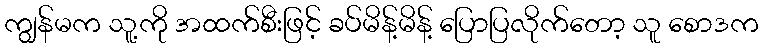
ကျွန်မက သူ့ကို အထက်စီးဖြင့် ခပ်မိန့်မိန့် ပြောပြလိုက်တော့ သူ စောဒက